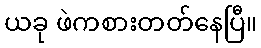
ယခု ဖဲကစားတတ်နေပြီ။